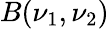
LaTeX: B(\nu_{1},\nu_{2})